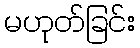
မဟုတ်ခြင်း